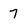
Character: 7